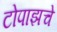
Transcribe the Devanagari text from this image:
टोपाझचे